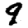
Digit: 9